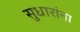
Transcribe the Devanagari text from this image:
सुधारांना